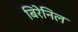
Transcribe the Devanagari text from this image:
बिरेनिल